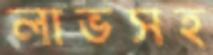
লাভসহ